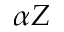
\alpha Z